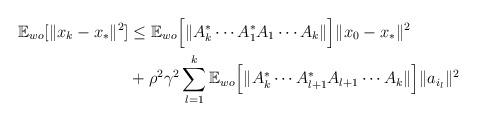
LaTeX: \begin{align*} \mathbb{E}_{wo}[\|x_k - x_* \|^2 ] & \leq \mathbb{E}_{wo} \Big [ \| A_k^*\cdots A_1^*A_1 \cdots A_k \|\Big ] \| x_0 - x_* \|^2 \\ & + \rho^2 \gamma^2 \sum_{l=1}^k \mathbb{E}_{wo} \Big [ \| A_k^*\cdots A_{l+1}^*A_{l+1} \cdots A_k \| \Big ] \|a_{i_l}\|^2\end{align*}